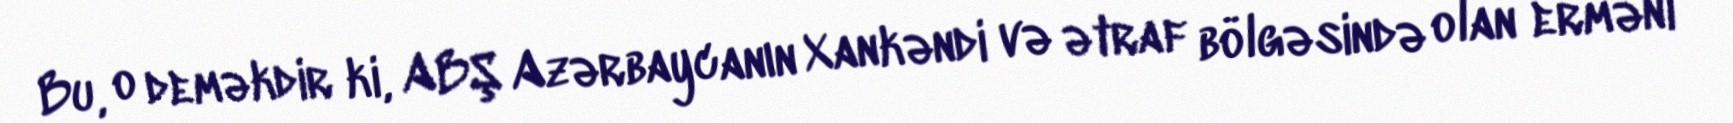
Bu, o deməkdir ki, ABŞ Azərbaycanın Xankəndi və ətraf bölgəsində olan erməni